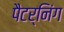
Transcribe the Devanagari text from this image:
पैटर्निंग